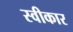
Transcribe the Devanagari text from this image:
स्वीकार